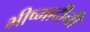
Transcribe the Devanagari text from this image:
भीष्मादीनी